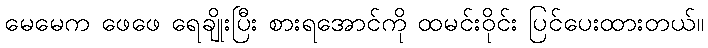
မေမေက ဖေဖေ ရေချိုးပြီး စားရအောင်ကို ထမင်းဝိုင်း ပြင်ပေးထားတယ်။